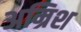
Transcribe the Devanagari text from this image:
अम्रिश